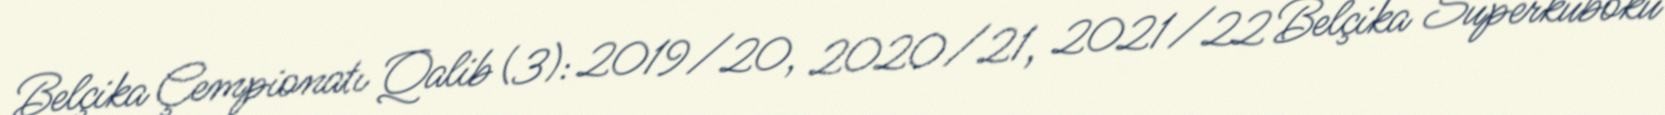
Belçika Çempionatı Qalib (3): 2019/20, 2020/21, 2021/22 Belçika Superkuboku